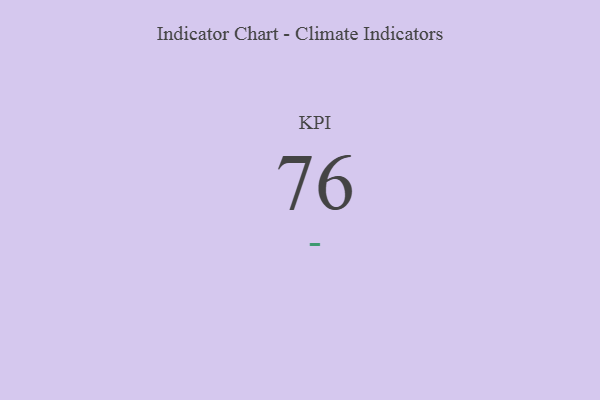
{"axis": {"x": "KPI", "y": "Value"}, "legend": [""], "data": [{"x": "KPI", "y": 76, "type": ""}]}